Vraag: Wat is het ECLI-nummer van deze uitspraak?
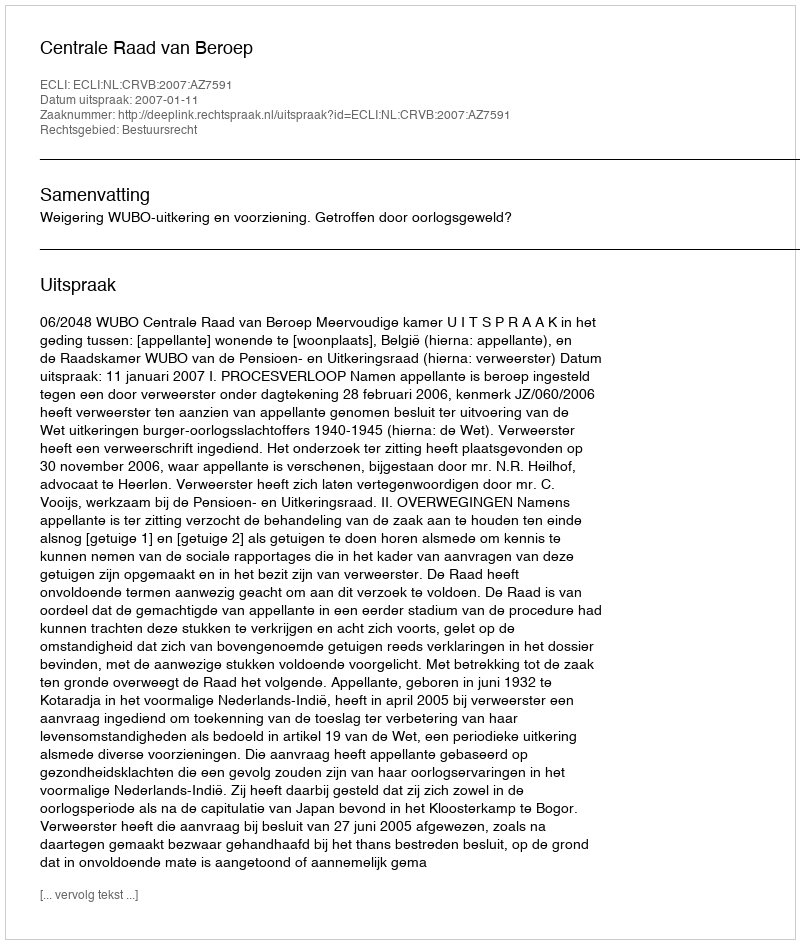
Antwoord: ECLI:NL:CRVB:2007:AZ7591